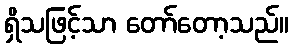
ရှိသဖြင့်သာ တော်တော့သည်။